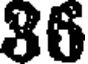
86